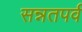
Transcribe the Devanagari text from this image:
सन्नतपर्व